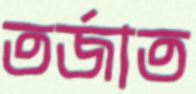
তর্জাত